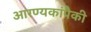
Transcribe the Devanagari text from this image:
आरण्यकांपैकी